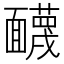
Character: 䩏